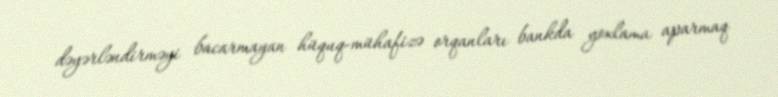
dəyərləndirməyi bacarmayan hüquq-mühafizə orqanları bankda yoxlama aparmaq